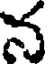
న